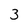
Character: 3